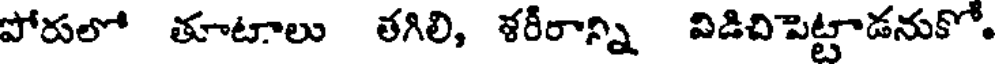
పోరులో తూటాలు తగిలి, ళరీరాన్ని విడిచిపెట్టాడనుకో.